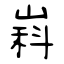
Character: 嵙